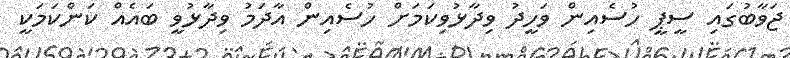
ޖަވާބުގައި ސީޕީ ހުސެއިން ވަހީދު ވިދާޅުވިކަމަށް ހުސެއިން އާދަމު ވިދާޅުވީ ބައެއް ކަންކަމަކީ